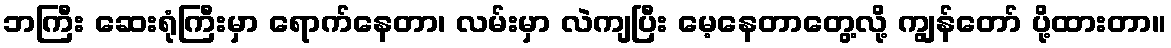
ဘကြီး ဆေးရုံကြီးမှာ ရောက်နေတာ၊ လမ်းမှာ လဲကျပြီး မေ့နေတာတွေ့လို့ ကျွန်တော် ပို့ထားတာ။